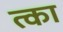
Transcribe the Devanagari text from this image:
त्का